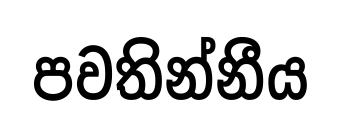
පවතින්නීය